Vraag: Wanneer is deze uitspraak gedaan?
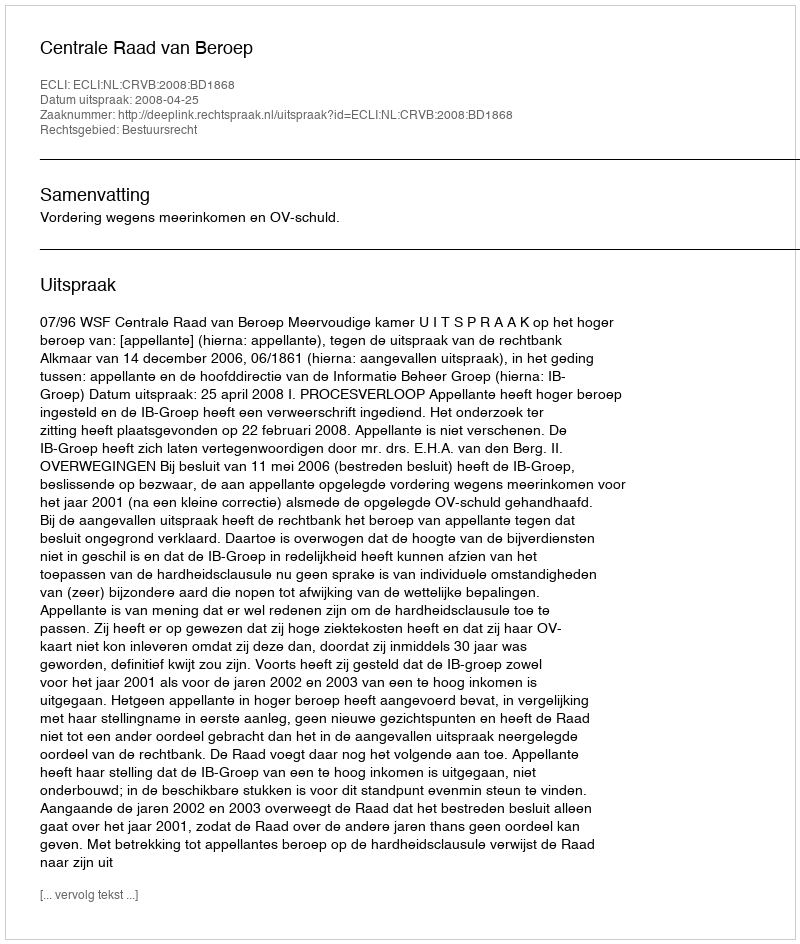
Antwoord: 2008-04-25